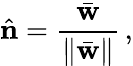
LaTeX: \hat{\mathbf n}=\frac{\bar{\mathbf w}}{\| \bar{\mathbf w}\| }\, ,